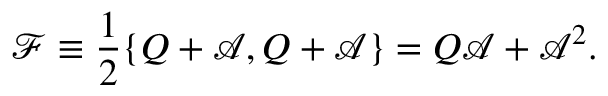
\mathcal { F } \equiv \frac { 1 } { 2 } \{ Q + \mathcal { A } , Q + \mathcal { A } \} = Q \mathcal { A } + \mathcal { A } ^ { 2 } .